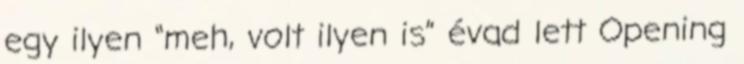
egy ilyen “meh, volt ilyen is” évad lett Opening